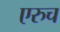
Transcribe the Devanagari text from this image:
एरुच